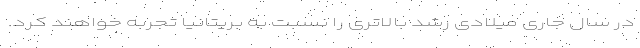
در سال جاری میلادی رشد بالاتری را نسبت به بریتانیا تجربه خواهند کرد.